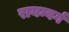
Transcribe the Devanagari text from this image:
रायम्बर्ग